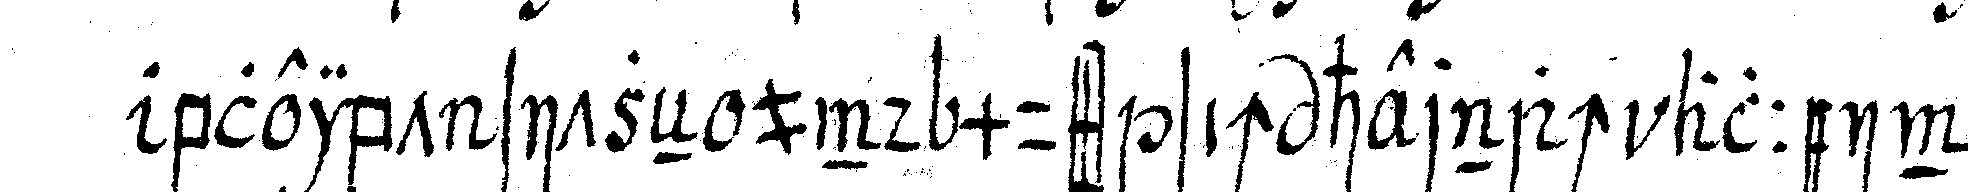
bleibt sitzeN und muss sich hernach allein